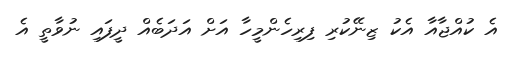
އެ ކުއްޖާއާ އެކު ޒިނޭކުރި ފިރިހެންމީހާ އަށް އަދަބެއް ދީފައި ނުވާތީ އެ